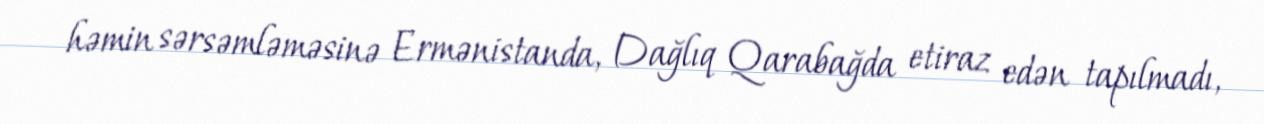
həmin sərsəmləməsinə Ermənistanda, Dağlıq Qarabağda etiraz edən tapılmadı,